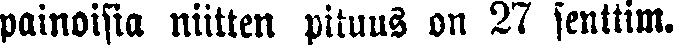
painoisia niitten pituus on 27 senttim.